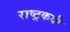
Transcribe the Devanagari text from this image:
राष्ट्रकवी